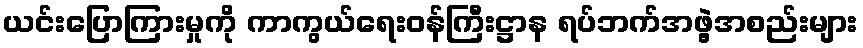
ယင်းပြောကြားမှုကို ကာကွယ်ရေးဝန်ကြီးဋ္ဌာန ရပ်ဘက်အဖွဲ့အစည်းများ